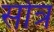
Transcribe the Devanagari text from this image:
सोत्र